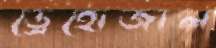
ড্রেহোজাল